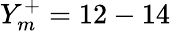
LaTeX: Y_{m}^{+}=12-14